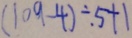
( 1 0 9 - 4 ) \div 5 + 1